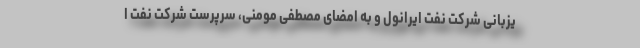
یزبانی شرکت نفت ایرانول و به امضای مصطفی مومنی، سرپرست شرکت نفت ا